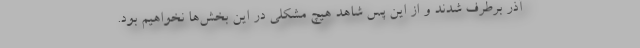
آذر برطرف شدند و از این پس شاهد هیچ مشکلی در این بخش‌ها نخواهیم بود.